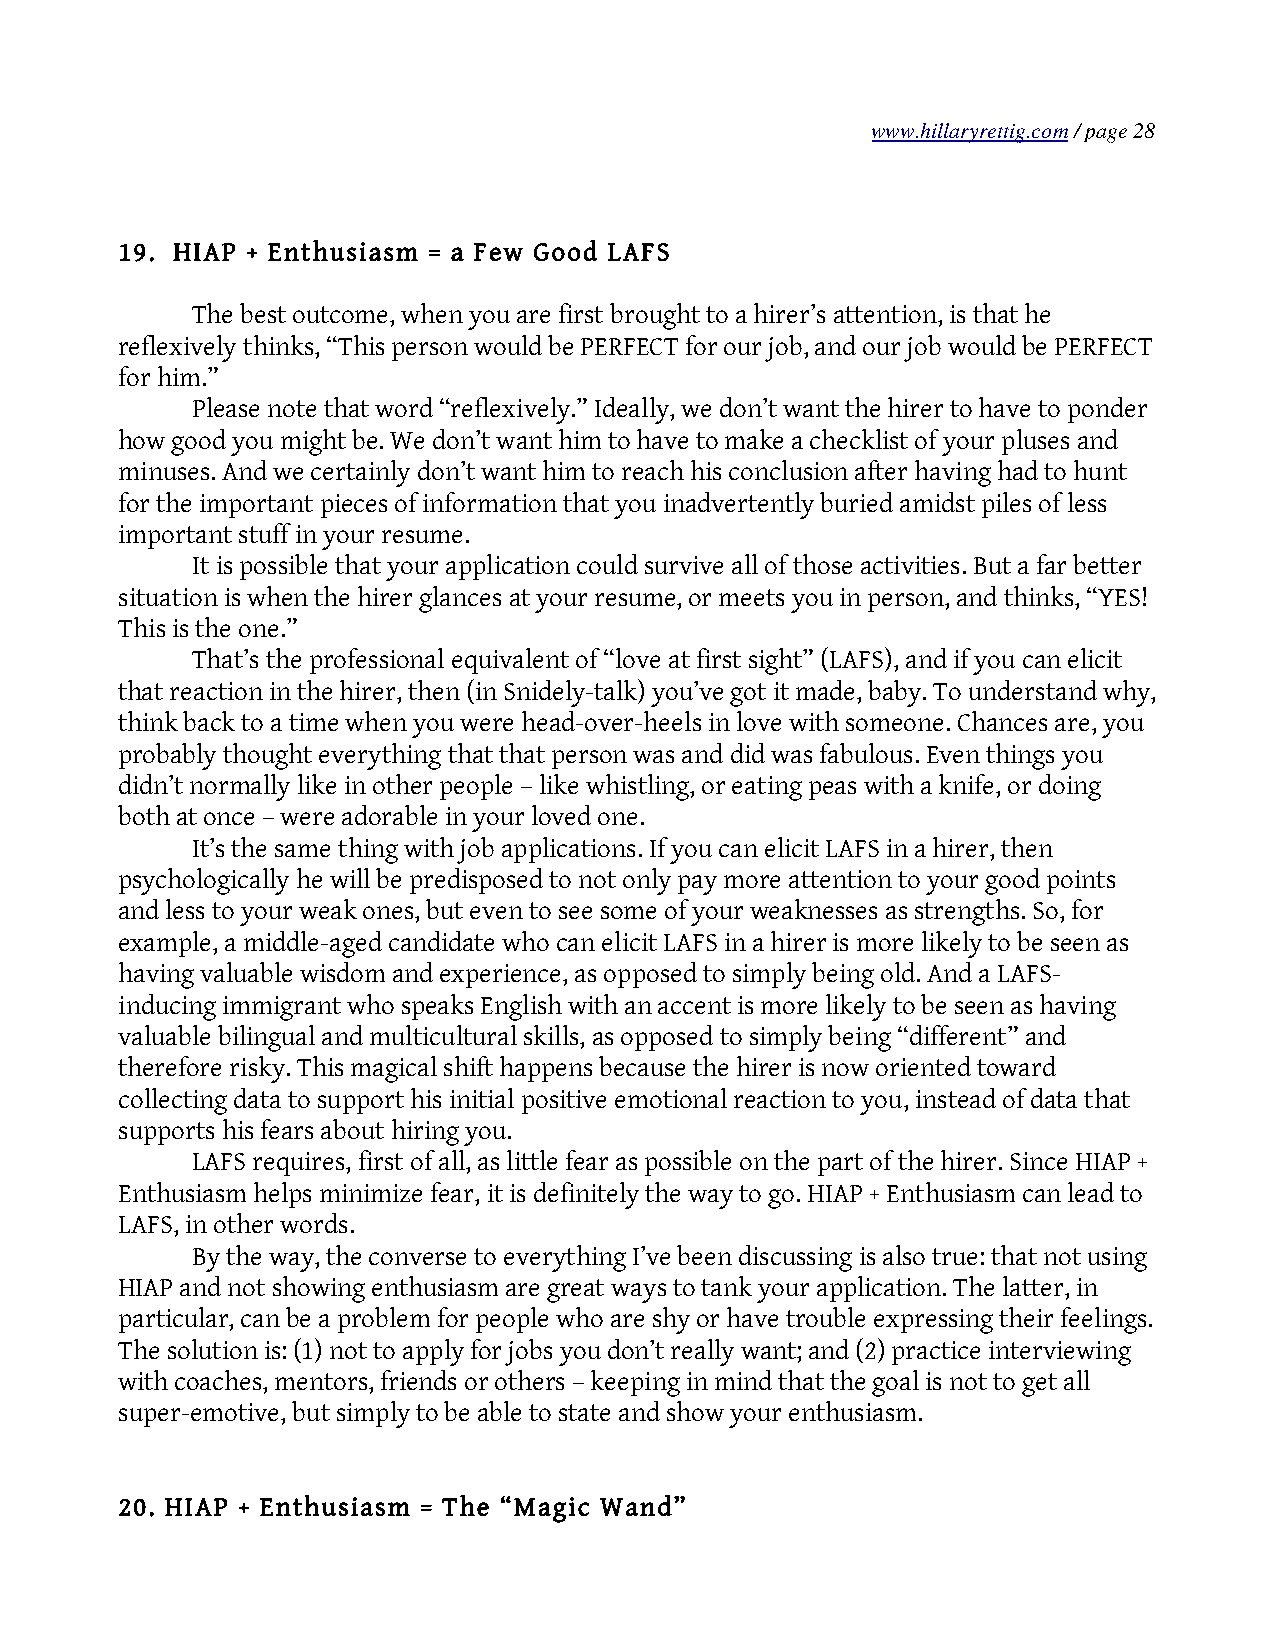
www.hillaryrettig.com / page 28
 19. HIAP + Enthusiasm = a Few Good LAFS
 The best outcome, when you are first brought to a hirer’s attention, is that he
 reflexively thinks, “This person would be PERFECT for our job, and our job would be PERFECT
 for him.”
 Please note that word “reflexively.” Ideally, we don’t want the hirer to have to ponder
 how good you might be. We don’t want him to have to make a checklist of your pluses and
 minuses. And we certainly don’t want him to reach his conclusion after having had to hunt
 for the important pieces of information that you inadvertently buried amidst piles of less
 important stuff in your resume.
 It is possible that your application could survive all of those activities. But a far better
 situation is when the hirer glances at your resume, or meets you in person, and thinks, “YES!
 This is the one.”
 That’s the professional equivalent of “love at first sight” (LAFS), and if you can elicit
 that reaction in the hirer, then (in Snidely-talk) you’ve got it made, baby. To understand why,
 think back to a time when you were head-over-heels in love with someone. Chances are, you
 probably thought everything that that person was and did was fabulous. Even things you
 didn’t normally like in other people – like whistling, or eating peas with a knife, or doing
 both at once – were adorable in your loved one.
 It’s the same thing with job applications. If you can elicit LAFS in a hirer, then
 psychologically he will be predisposed to not only pay more attention to your good points
 and less to your weak ones, but even to see some of your weaknesses as strengths. So, for
 example, a middle-aged candidate who can elicit LAFS in a hirer is more likely to be seen as
 having valuable wisdom and experience, as opposed to simply being old. And a LAFS-
 inducing immigrant who speaks English with an accent is more likely to be seen as having
 valuable bilingual and multicultural skills, as opposed to simply being “different” and
 therefore risky. This magical shift happens because the hirer is now oriented toward
 collecting data to support his initial positive emotional reaction to you, instead of data that
 supports his fears about hiring you.
 LAFS requires, first of all, as little fear as possible on the part of the hirer. Since HIAP +
 Enthusiasm helps minimize fear, it is definitely the way to go. HIAP + Enthusiasm can lead to
 LAFS, in other words.
 By the way, the converse to everything I’ve been discussing is also true: that not using
 HIAP and not showing enthusiasm are great ways to tank your application. The latter, in
 particular, can be a problem for people who are shy or have trouble expressing their feelings.
 The solution is: (1) not to apply for jobs you don’t really want; and (2) practice interviewing
 with coaches, mentors, friends or others – keeping in mind that the goal is not to get all
 super-emotive, but simply to be able to state and show your enthusiasm.
 20. HIAP + Enthusiasm = The “Magic Wand”